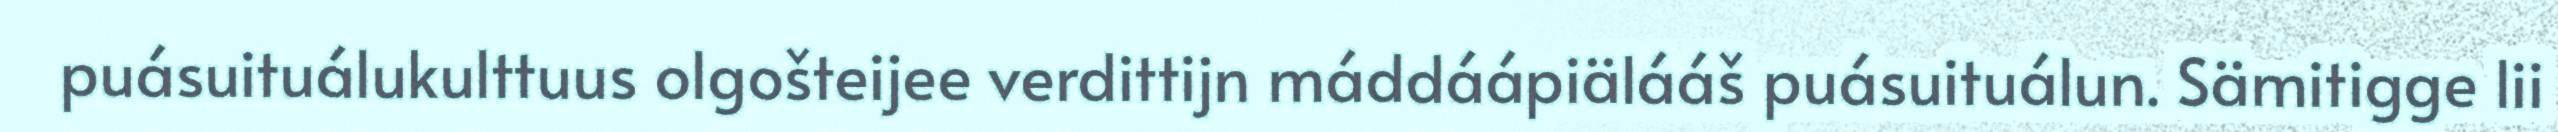
puásuituálukulttuus olgošteijee verdittijn máddáápiälááš puásuituálun. Sämitigge lii